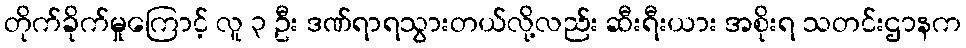
တိုက်ခိုက်မှုကြောင့် လူ ၃ ဦး ဒဏ်ရာရသွားတယ်လို့လည်း ဆီးရီးယား အစိုးရ သတင်းဌာနက